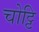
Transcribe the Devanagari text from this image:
चोट्टि